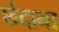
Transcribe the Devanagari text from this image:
छंदाना